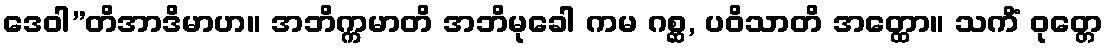
ဒေဝါ”တိအာဒိမာဟ။ အဘိက္ကမာတိ အဘိမုခေါ ကမ ဂစ္ဆ, ပဝိသာတိ အတ္ထော။ သကိံ ဝုတ္တေ